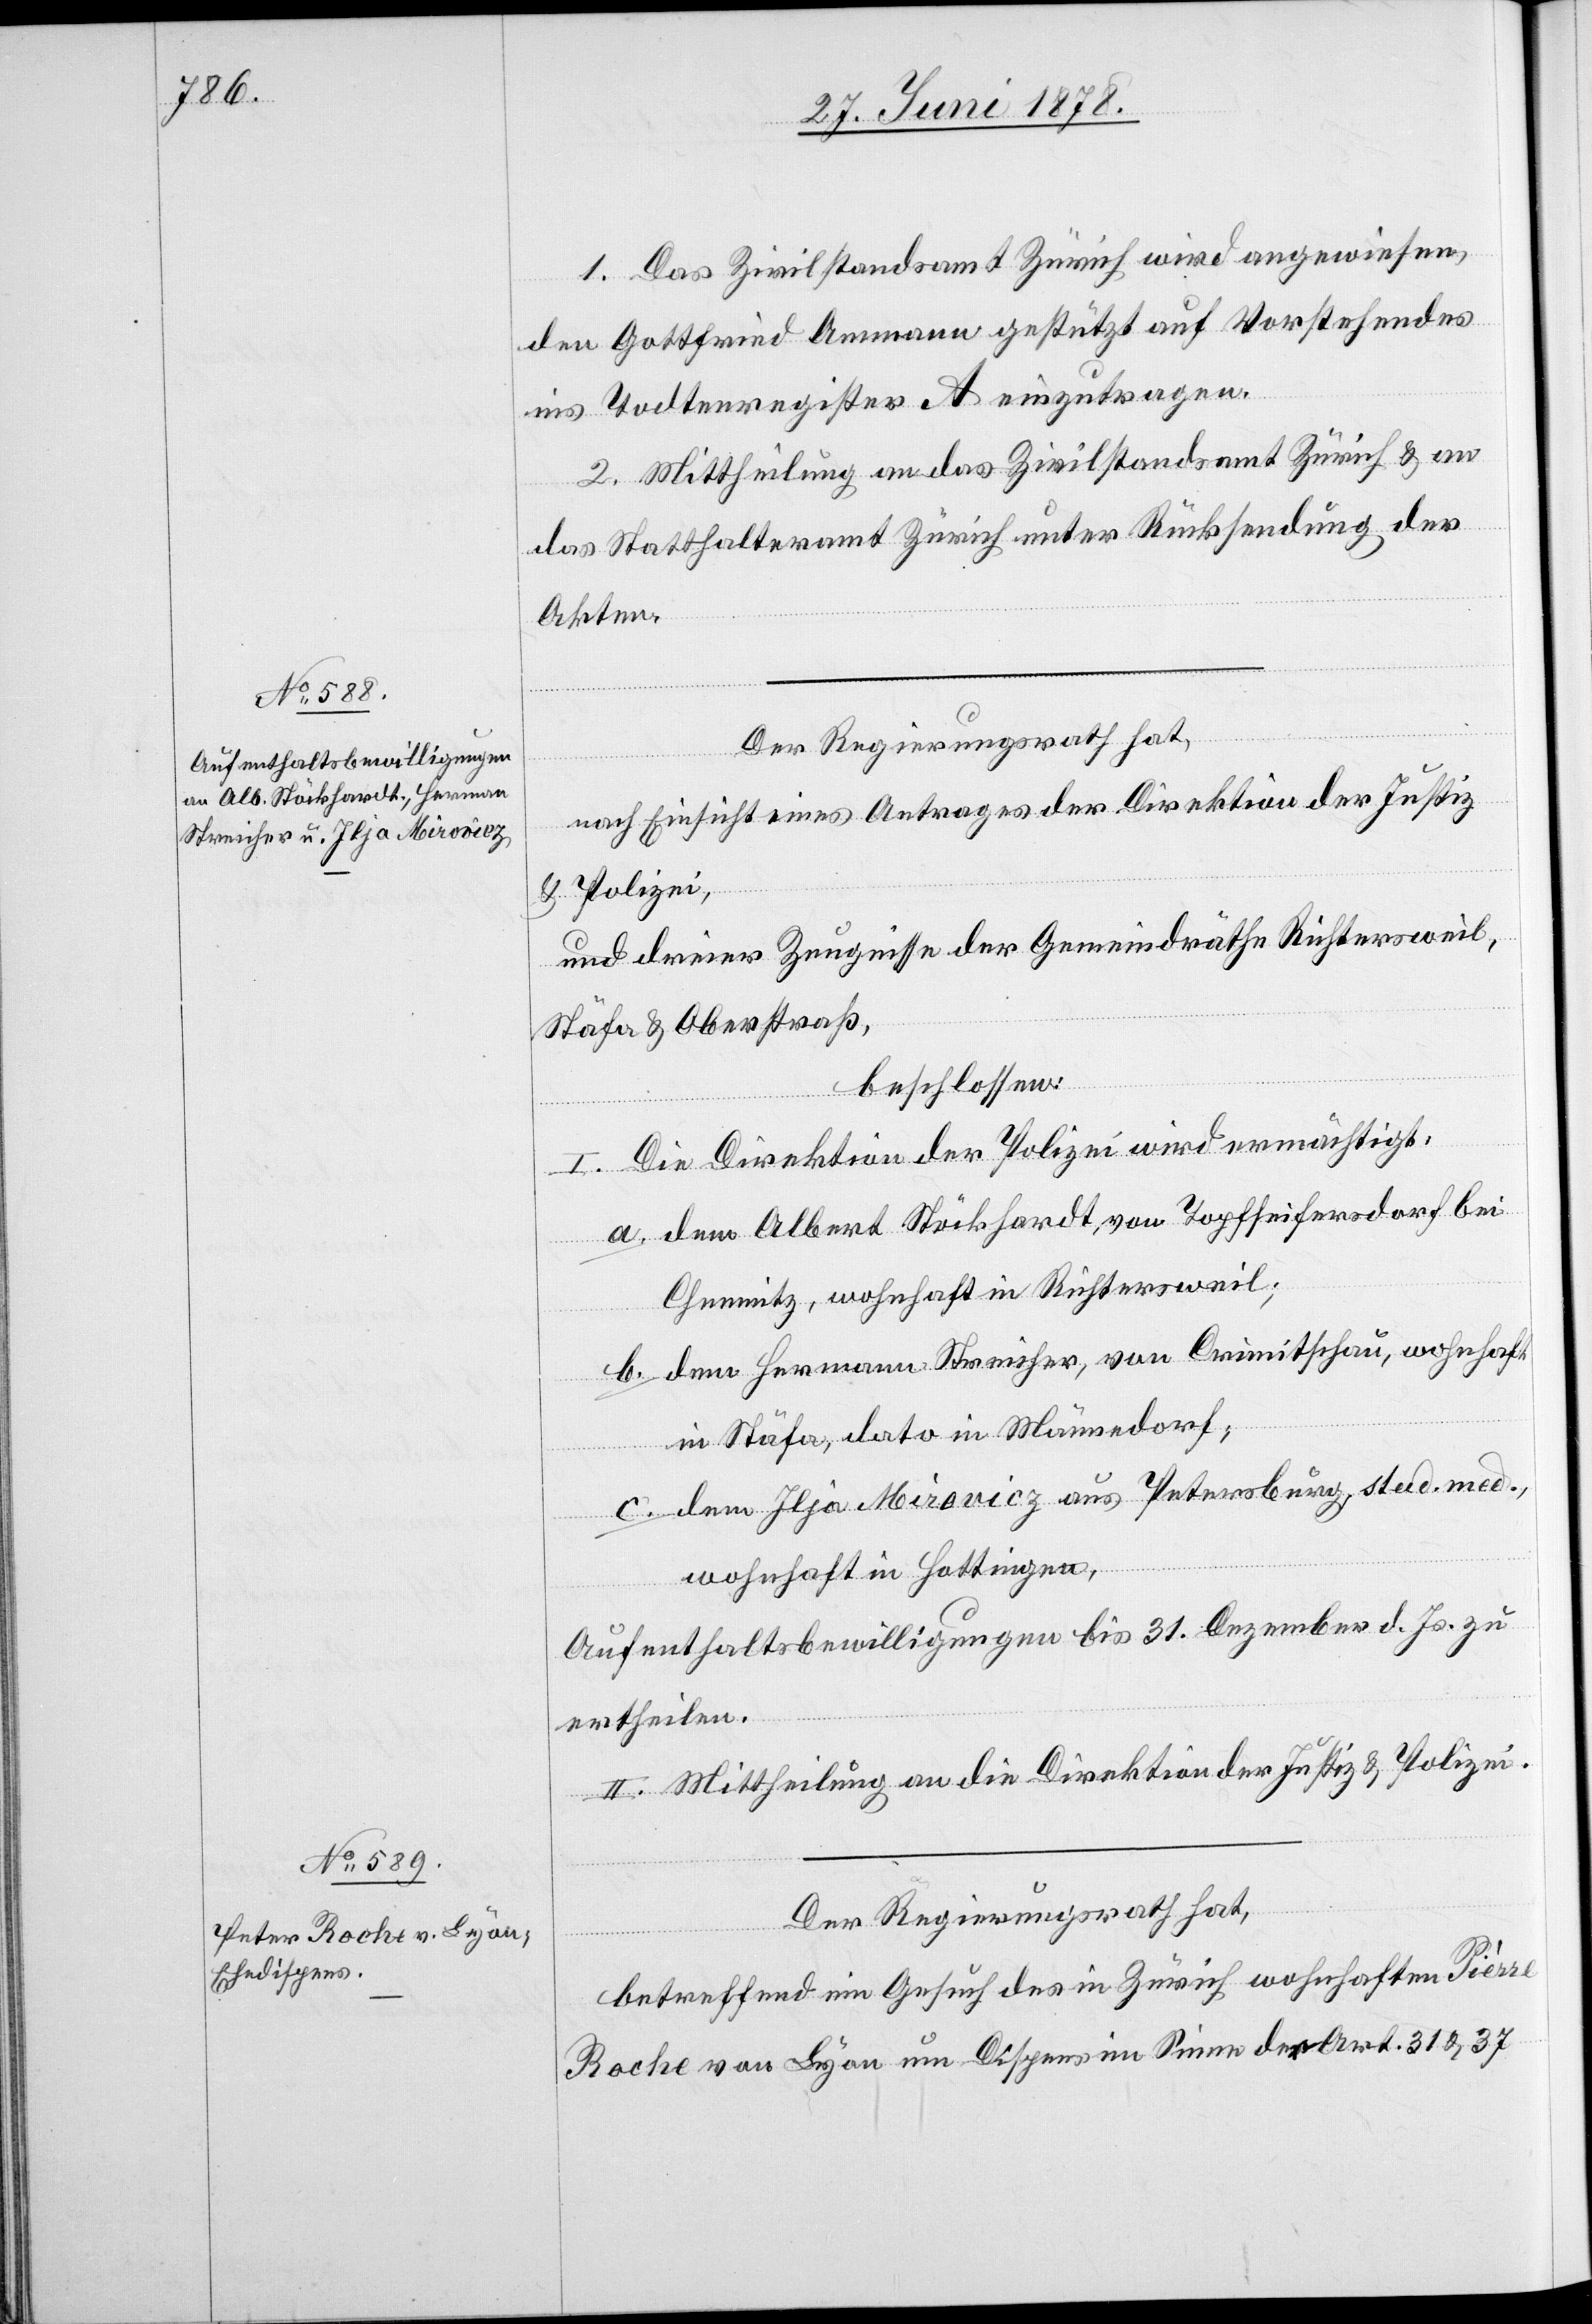
1. Das Zivilstandsamt Zürich wird angewiesen,
den Gottfried Ammann gestützt auf Vorstehendes
ins Todtenregister A einzutragen.
2. Mittheilung an das Zivilstandsamt Zürich & an
das Statthalteramt Zürich unter Rücksendung der
Akten.
Der Regierungsrath hat,
nach Einsicht eines Antrages der Direktion der Justiz
& Polizei,
und dreier Zeugnisse der Gemeindräthe Richtersweil,
Stäfa & Oberstraß,
beschlossen:
I. Die Direktion der Polizei wird ermächtigt:
dem Albert Stöckhardt, von Topffeifersdorf bei
Chemnitz, wohnhaft in Richtersweil
dem Hermann Streicher, von Crimitschau, wohnhaft
in Stäfa, dato in Männedorf;
dem Ilja Mirovicz aus Petersburg, stud. med.,
wohnhaft in Hottingen.
Aufenthaltsbewilligungen bis 31. Dezember d. Js. zu
ertheilen.
II. Mittheilung an die Direktion der Justiz & Polizei.
Der Regierungsrath hat,
betreffend ein Gesuch des in Zürich wohnhaften Pièrre
Roche von Lyon um Dispens im Sinne der Art. 31 & 37